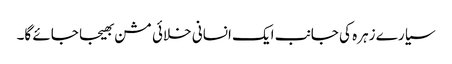
سیارے زہرہ کی جانب ایک انسانی خلائی مشن بھیجا جائے گا۔